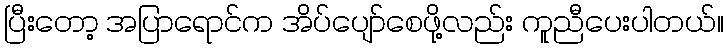
ပြီးတော့ အပြာရောင်က အိပ်ပျော်စေဖို့လည်း ကူညီပေးပါတယ်။